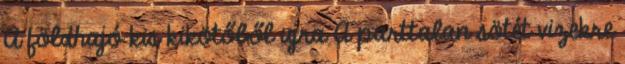
A földhajó kis kikötőből ujra A parttalan sötét vizekre